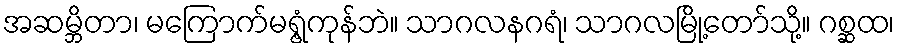
အဆမ္ဘိတာ၊ မကြောက်မရွံ့ကုန်ဘဲ။ သာဂလနဂရံ၊ သာဂလမြို့တော်သို့။ ဂစ္ဆထ၊